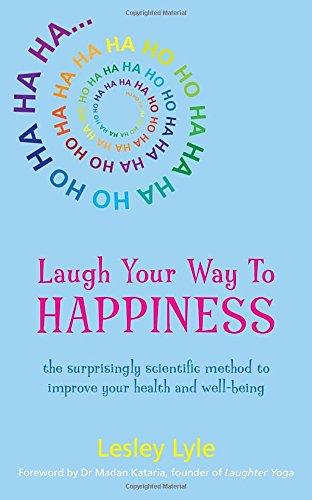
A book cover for Laugh Your Way to Happiness: The Science of Laughter for Total Well-Being; Lesley Lyle; Humor & Entertainment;